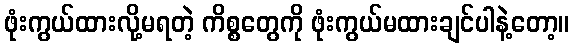
ဖုံးကွယ်ထားလို့မရတဲ့ ကိစ္စတွေကို ဖုံးကွယ်မထားချင်ပါနဲ့တော့။